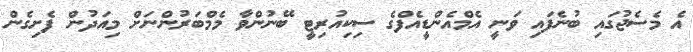
އެ މެސެޖުގައި ބުނެފައި ވަނީ އެމްއެންޑީއެފްގެ ސިކިއުރިޓީ ބޭނުންވާ މެމްބަރުންނަށް މިއަދުން ފެށިގެން